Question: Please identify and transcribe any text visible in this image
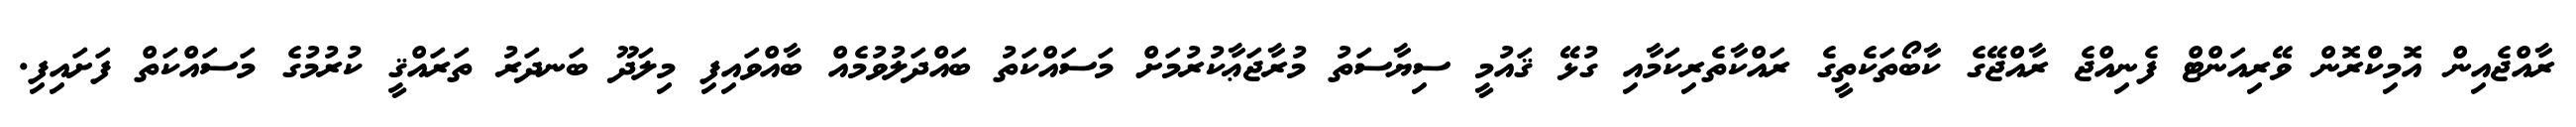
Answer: ރާއްޖެއިން އޮމިކްރޮން ވޭރިއަންޓް ފެނިއްޖެ ރާއްޖޭގެ ކާބޯތަކެތީގެ ރައްކާތެރިކަމާއި ގުޅޭ ޤައުމީ ސިޔާސަތު މުރާޖަޢާކުރުމަށް މަސައްކަތު ބައްދަލުވުމެއް ބާއްވައިފި މިލަދޫ ބަނދަރު ތަރައްޤީ ކުރުމުގެ މަސައްކަތް ފަށައިފި.